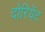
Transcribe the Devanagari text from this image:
दोरियेंट